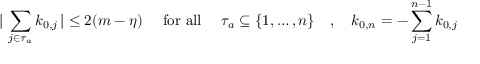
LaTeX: \vert \, \sum _ { j \in \tau _ { a } } k _ { 0 , j } \, \vert \leq 2 ( m - \eta ) \quad \mathrm { ~ f o r ~ a l l ~ } \quad \tau _ { a } \subseteq \{ 1 , \ldots , n \} \quad , \quad k _ { 0 , n } = - \sum _ { j = 1 } ^ { n - 1 } k _ { 0 , j }